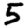
Digit: 5